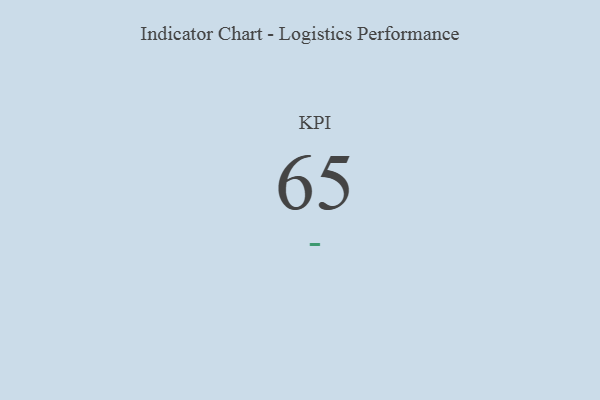
{"axis": {"x": "KPI", "y": "Value"}, "legend": [""], "data": [{"x": "KPI", "y": 65, "type": ""}]}